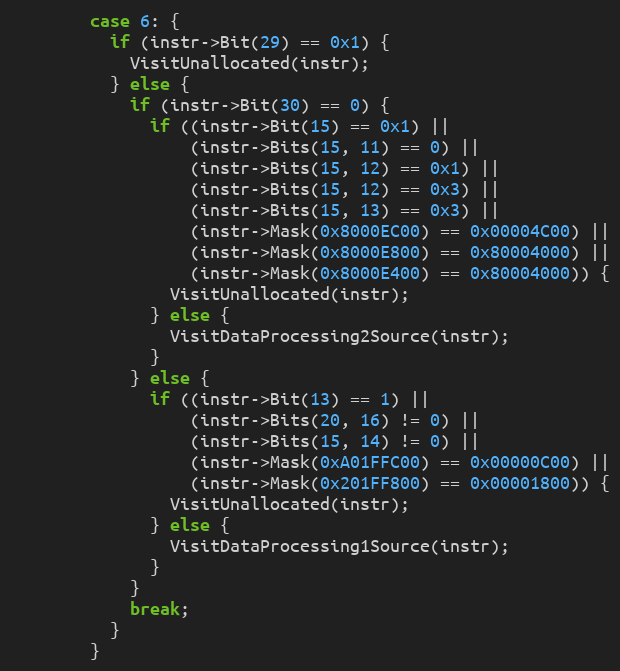
Language: C++
        case 6: {
          if (instr->Bit(29) == 0x1) {
            VisitUnallocated(instr);
          } else {
            if (instr->Bit(30) == 0) {
              if ((instr->Bit(15) == 0x1) ||
                  (instr->Bits(15, 11) == 0) ||
                  (instr->Bits(15, 12) == 0x1) ||
                  (instr->Bits(15, 12) == 0x3) ||
                  (instr->Bits(15, 13) == 0x3) ||
                  (instr->Mask(0x8000EC00) == 0x00004C00) ||
                  (instr->Mask(0x8000E800) == 0x80004000) ||
                  (instr->Mask(0x8000E400) == 0x80004000)) {
                VisitUnallocated(instr);
              } else {
                VisitDataProcessing2Source(instr);
              }
            } else {
              if ((instr->Bit(13) == 1) ||
                  (instr->Bits(20, 16) != 0) ||
                  (instr->Bits(15, 14) != 0) ||
                  (instr->Mask(0xA01FFC00) == 0x00000C00) ||
                  (instr->Mask(0x201FF800) == 0x00001800)) {
                VisitUnallocated(instr);
              } else {
                VisitDataProcessing1Source(instr);
              }
            }
            break;
          }
        }